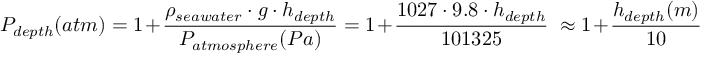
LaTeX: P _ { d e p t h } ( a t m ) = 1 + { \frac { \rho _ { s e a w a t e r } \cdot g \cdot h _ { d e p t h } } { P _ { a t m o s p h e r e } ( P a ) } } = 1 + { \frac { 1 0 2 7 \cdot 9 . 8 \cdot h _ { d e p t h } } { 1 0 1 3 2 5 } } \ \approx 1 + { \frac { h _ { d e p t h } ( m ) } { 1 0 } }